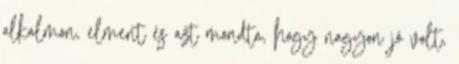
alkalmon, elment és azt mondta, hogy nagyon jó volt,